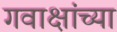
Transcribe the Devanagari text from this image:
गवाक्षांच्या